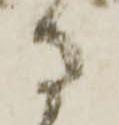
守